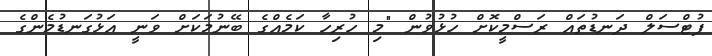
ފުޓްސަލް ދަނޑުތައް ރަސްމީކޮށް ހުޅުވުން "މި ހުރިހާ ކަމެއްގެ ބޭނުމަކަށް ވަނީ އަޅުގަނޑުމެންގެ